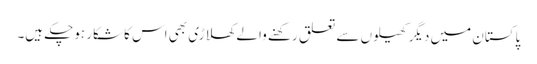
پاکستان میں دیگر کھیلوں سے تعلق رکھنے والے کھلاڑی بھی اس کا شکار ہوچکے ہیں۔